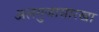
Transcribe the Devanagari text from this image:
अलगुजासारखा